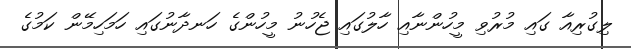
ލިގުރިއާ ގައި މުރުވި މީހުންނާއި ހާލުގައި ޖެހުނު މީހުންގެ ހަނދާނުގައި ހަމަހިމޭން ކަމުގެ